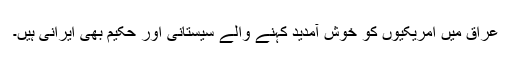
عراق میں امریکیوں کو خوش آمدید کہنے والے سیستانی اور حکیم بھی ایرانی ہیں۔